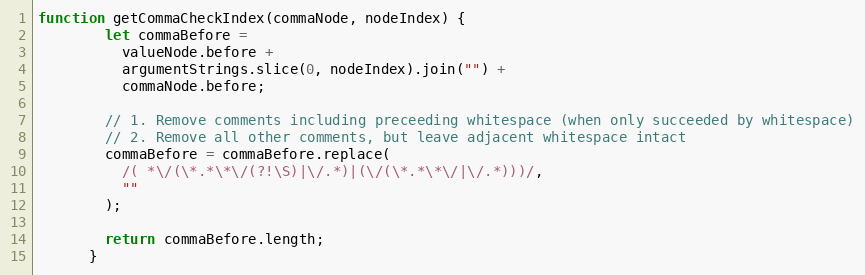
Language: JavaScript
function getCommaCheckIndex(commaNode, nodeIndex) {
        let commaBefore =
          valueNode.before +
          argumentStrings.slice(0, nodeIndex).join("") +
          commaNode.before;

        // 1. Remove comments including preceeding whitespace (when only succeeded by whitespace)
        // 2. Remove all other comments, but leave adjacent whitespace intact
        commaBefore = commaBefore.replace(
          /( *\/(\*.*\*\/(?!\S)|\/.*)|(\/(\*.*\*\/|\/.*)))/,
          ""
        );

        return commaBefore.length;
      }